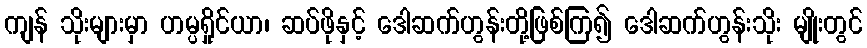
ကျန် သိုးများမှာ ဟမ္ပရှိုင်ယာ၊ ဆပ်ဖိုနှင့် ဒေါဆက်ဟွန်းတို့ဖြစ်ကြ၍ ဒေါဆက်ဟွန်းသိုး မျိုးတွင်